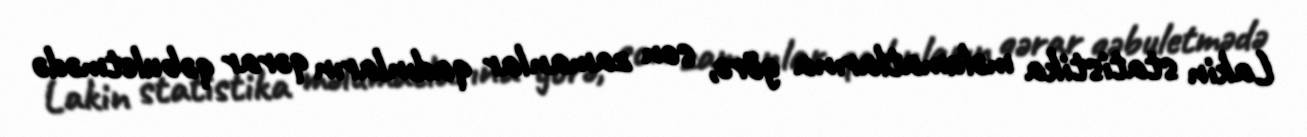
Lakin statistika məlumatlarına görə, son zamanlar qadınların qərar qəbuletmədə